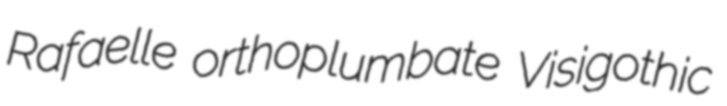
Rafaelle orthoplumbate Visigothic